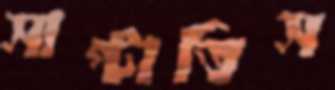
সাপ্‌টাতিস